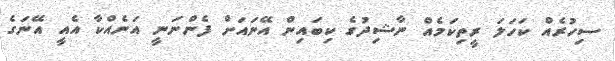
ސިހުރެއް ކަހަލަ ރީތިކަމެއް ނާޝިދުގެ ކިބައިން އޭނައަށް ފެންނަނީ އަނެއްކާ އެއީ އޭނަގެ